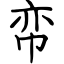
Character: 帟